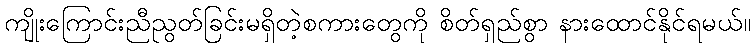
ကျိုးကြောင်းညီညွတ်ခြင်းမရှိတဲ့စကားတွေကို စိတ်ရှည်စွာ နားထောင်နိုင်ရမယ်။